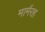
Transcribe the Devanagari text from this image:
मार्मरह